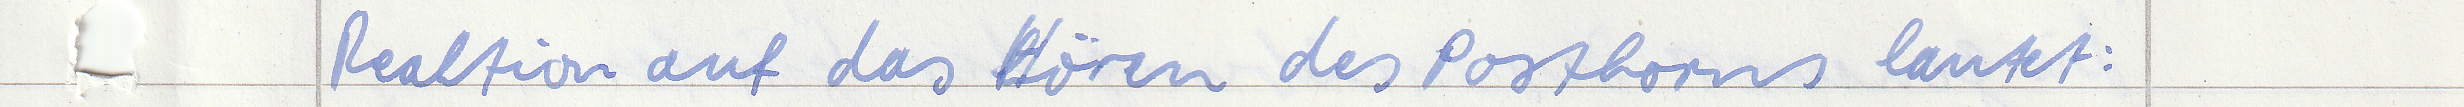
Reaktion auf das Hören des Posthorns lautet: